Vaccination in Bombay 1889-1901 - 1889-1901
Year: 1889
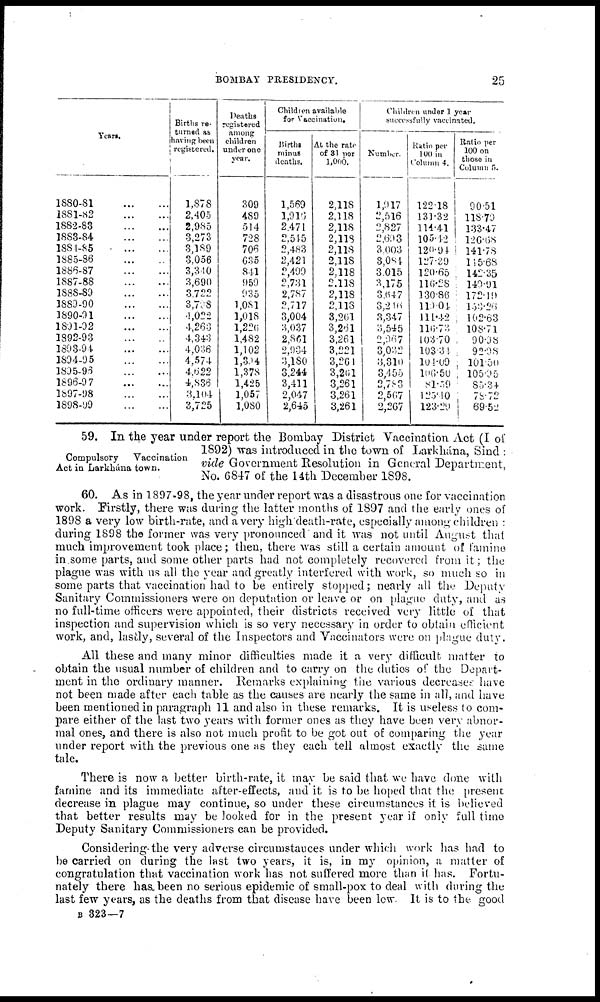
BOMBAY PRESIDENCY.
25
Years.
1880-81
...
...
1881-82
...
...
1882-83
...
...
1883-84
...
...
1884-85
...
...
1885-86
...
...
1886-87
...
...
1887-88
...
...
1888-89
...
...
1889-90
...
...
1890-91
...
...
1891-92
...
...
1892-93
...
...
1893-94
...
...
1894-95
...
...
1895-90
...
...
1896-97
...
...
1897-98
...
...
1898-99
...
...
Births re-
turned as
having been
registered.
1,878
2,405
2,985
3,273
3,189
3,056
3,340
3,690
3,722
3,798
4,022
4,263
4,343
4,036
4,574
4.622
4,836
3,104
3,725
Deaths
registered
among
children
under one
year.
309
489
514
728
706
635
841
959
935
1,081
1,018
l,226
1,482
1,102
1,304
1,378
1,425
1,057
1,080
Children available
for Vaccination.
Births
minus
deaths.
1,569
1,916
2,471
2,545
2,483
2,421
2,499
2,731
2,787
2,717
3,004
3,037
2,861
2,934
3,180
3,244
3,411
2,047
2,645
At the rate
of 31 per
1,000.
2,118
2,118
2,118
2,118
2,118
2,118
2,118
2,118
2,118
2,118
3,261
3,261
3,261
3,221
3,261
3,261
3,261
3,261
3,261
Children under 1 year
successfully vaccinated.
Number.
1,917
2,516
2,827
2,693
3,003
8,084
3,015
3,175
3,647
3,216
3,347
3,545
2,967
3,032
3,310
3,455
2,783
2,507
2,267
Ratio per
100 in
Column 4.
122.18
131.32
114.41
105.42
120.94
127.39
120.65
116.28
130.86
119.04
111.42
116.73
103.70
103.34
101.09
106.50
8l.59
125.40
123.29
Ratio per
100 on
those in
Column5.
90.51
118.79
133.47
126.68
141.78
115.68
142.35
149.91
172.19
153. 26
102.63
108.71
90.98
92.98
101.50
105.95
85.34
78.72
69.52
Compulsory Vaccination
Act in Larkhána town.
59. In the year under report the Bombay District Vaccination Act (I of
1892) was introduced in the town of Larkhána, Sind :
vide Government Resolution in General Department,
No. 6847 of the 14th December 1898.
60. As in 1897-98, the year under report was a disastrous one for vaccination
work. Firstly, there was during the latter months of 1897 and the early ones of
1898 a very low birth-rate, and a very high death-rate, especially among children :
during 1898 the former was very pronounced and it was not until August that
much improvement took place; then, there was still a certain amount of famine
in some parts, and some other parts had not completely recovered from it; the
plague was with us all the year and greatly interfered with work, so much so in
some parts that vaccination had to be entirely stopped; nearly all the Deputy
Sanitary Commissioners were on deputation or leave or on plague duty, and as
no full-time officers were appointed, their districts received very little of that
inspection and supervision which is so very necessary in order to obtain efficient
work, and, lastly, several of the Inspectors and Vaccinators were on plague duty.
All these and many minor difficulties made it a very difficult matter to
obtain the usual number of children and to carry on the duties of the Depart-
ment in the ordinary manner. Remarks explaining the various decreases have
not been made after each table as the causes are nearly the same in all, and have
been mentioned in paragraph 11 and also in these remarks. It is useless to com-
pare either of the last two years with former ones as they have been very abnor-
mal ones, and there is also not much profit to be got out of comparing the year
under report with the previous one as they each tell almost exactly the same
tale.
There is now a better birth-rate, it may be said that we have done with
famine and its immediate after-effects, and it is to be hoped that the present
decrease in plague may continue, so under these circumstances it is believed
that better results may be looked for in the present year if only full time
Deputy Sanitary Commissioners can be provided.
Considering the very adverse circumstances under which work has had to
be carried on during the last two years, it is, in my opinion, a matter of
congratulation that vaccination work has not suffered more than it has. Fortu-
nately there has been no serious epidemic of small-pox to deal with during the
last few years, as the deaths from that disease have been low. It is to the good
B 323—7